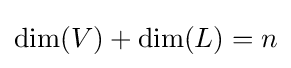
\dim(V)+\dim(L)=n